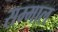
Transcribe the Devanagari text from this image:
सम्माल